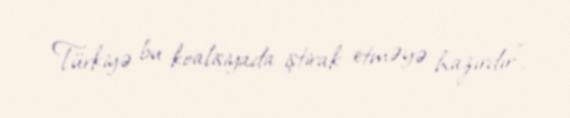
Türkiyə bu koalisiyada iştirak etməyə hazırdır”.